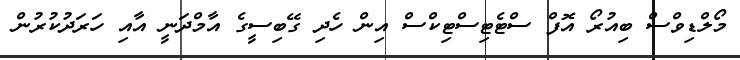
މޯލްޑިވްސް ބިއުރޯ އޮފް ސްޓެޓިސްޓިކްސް އިން ހެދި ގޭބިސީގެ އާމްދަނީ އާއި ހަރަދުކުރުން